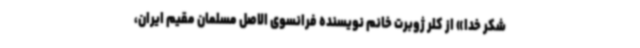
شکر خدا» از کلر ژوبرت خانم نویسنده فرانسوی الاصل مسلمان مقیم ایران،